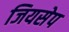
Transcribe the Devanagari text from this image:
जियसेप